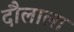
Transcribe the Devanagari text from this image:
दौलाला